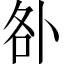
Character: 𠧨